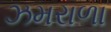
ઝમરાળા